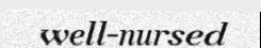
well-nursed